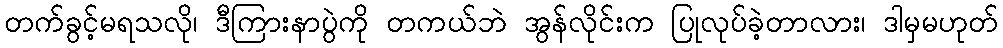
တက်ခွင့်မရသလို၊ ဒီကြားနာပွဲကို တကယ်ဘဲ အွန်လိုင်းက ပြုလုပ်ခဲ့တာလား၊ ဒါမှမဟုတ်